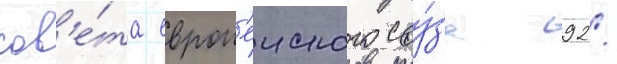
сов'е́та европ'еиского соу́за 92/